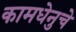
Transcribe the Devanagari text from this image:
कामधेनुचे